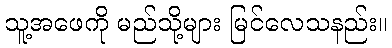
သူ့အဖေကို မည်သို့များ မြင်လေသနည်း။